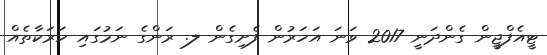
ޓީއެފްޖީން ގެންދަނީ 2017 ވަނަ އަހަރުން ފެށިގެން ލ. ރަންގެ ނަމުގައި ހަރަކާތެއް